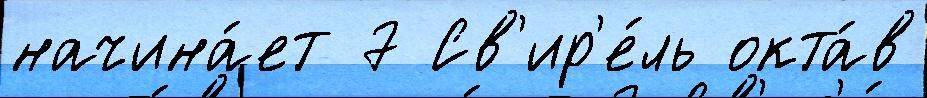
начина́ет 7 Св'ир'е́ль окта́в